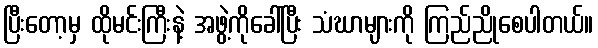
ပြီးတော့မှ ထိုမင်းကြီးနဲ့ အဖွဲ့ကိုခေါ်ပြီး သံဃာများကို ကြည်ညိုစေပါတယ်။